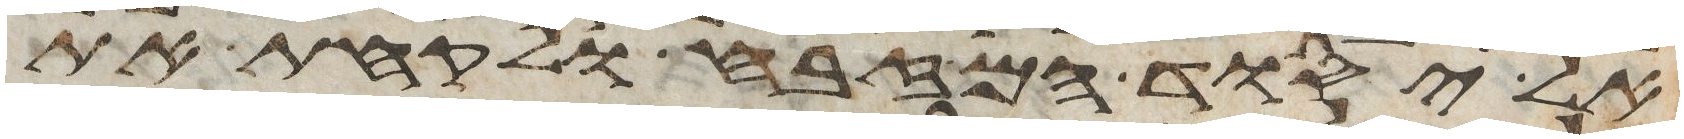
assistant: אל יסוד המזבח ולקחת את